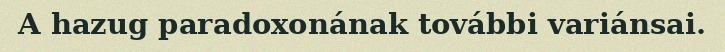
A hazug paradoxonának további variánsai.